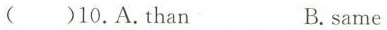
()10.A.Than B.same